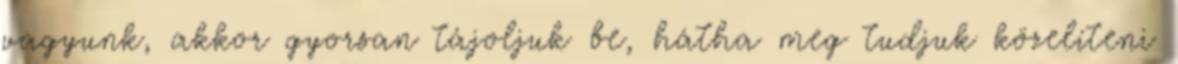
vagyunk, akkor gyorsan tájoljuk be, hátha meg tudjuk közelíteni